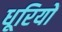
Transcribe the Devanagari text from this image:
धूरियों